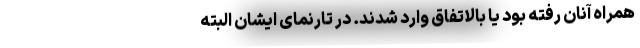
همراه آنان رفته بود یا بالاتفاق وارد شدند. در تارنمای ایشان البته